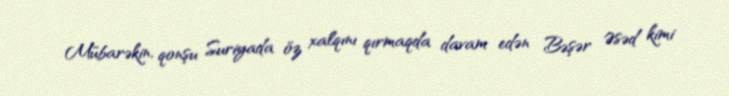
Mübarəkin, qonşu Suriyada öz xalqını qırmaqda davam edən Bəşər Əsəd kimi